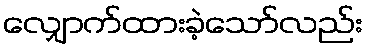
လျှောက်ထားခဲ့သော်လည်း